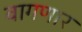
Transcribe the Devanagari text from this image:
वागणार